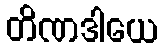
တိဏဒါယေ